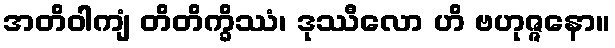
အတိဝါကျံ တိတိက္ခိဿံ၊ ဒုဿီလော ဟိ ဗဟုဇ္ဇနော။